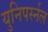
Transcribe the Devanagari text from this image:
युनिपर्स्नल